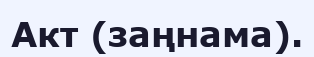
Акт (заңнама).